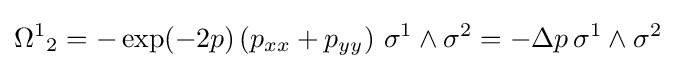
{\Omega ^{1}}_{2}=-\exp(-2p)\left(p_{xx}+p_{yy}\right)\,\sigma ^{1}\wedge \sigma ^{2}=-\Delta p\,\sigma ^{1}\wedge \sigma ^{2}